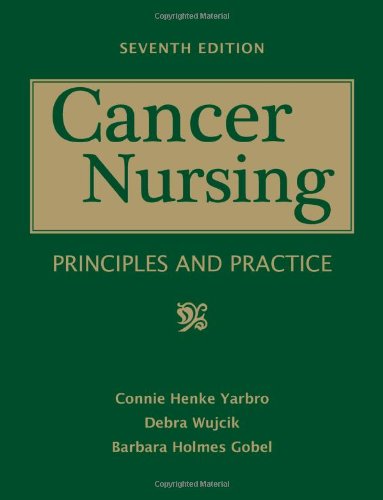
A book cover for Cancer Nursing: Principles And Practice; Connie Henke Yarbro; Medical Books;